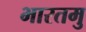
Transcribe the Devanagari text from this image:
भारतमु